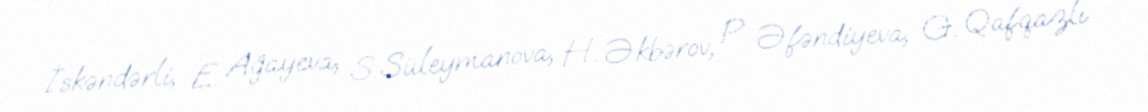
İskəndərli, E. Ağayeva, S. Süleymanova, H. Əkbərov, P. Əfəndiyeva, G. Qafqazlı